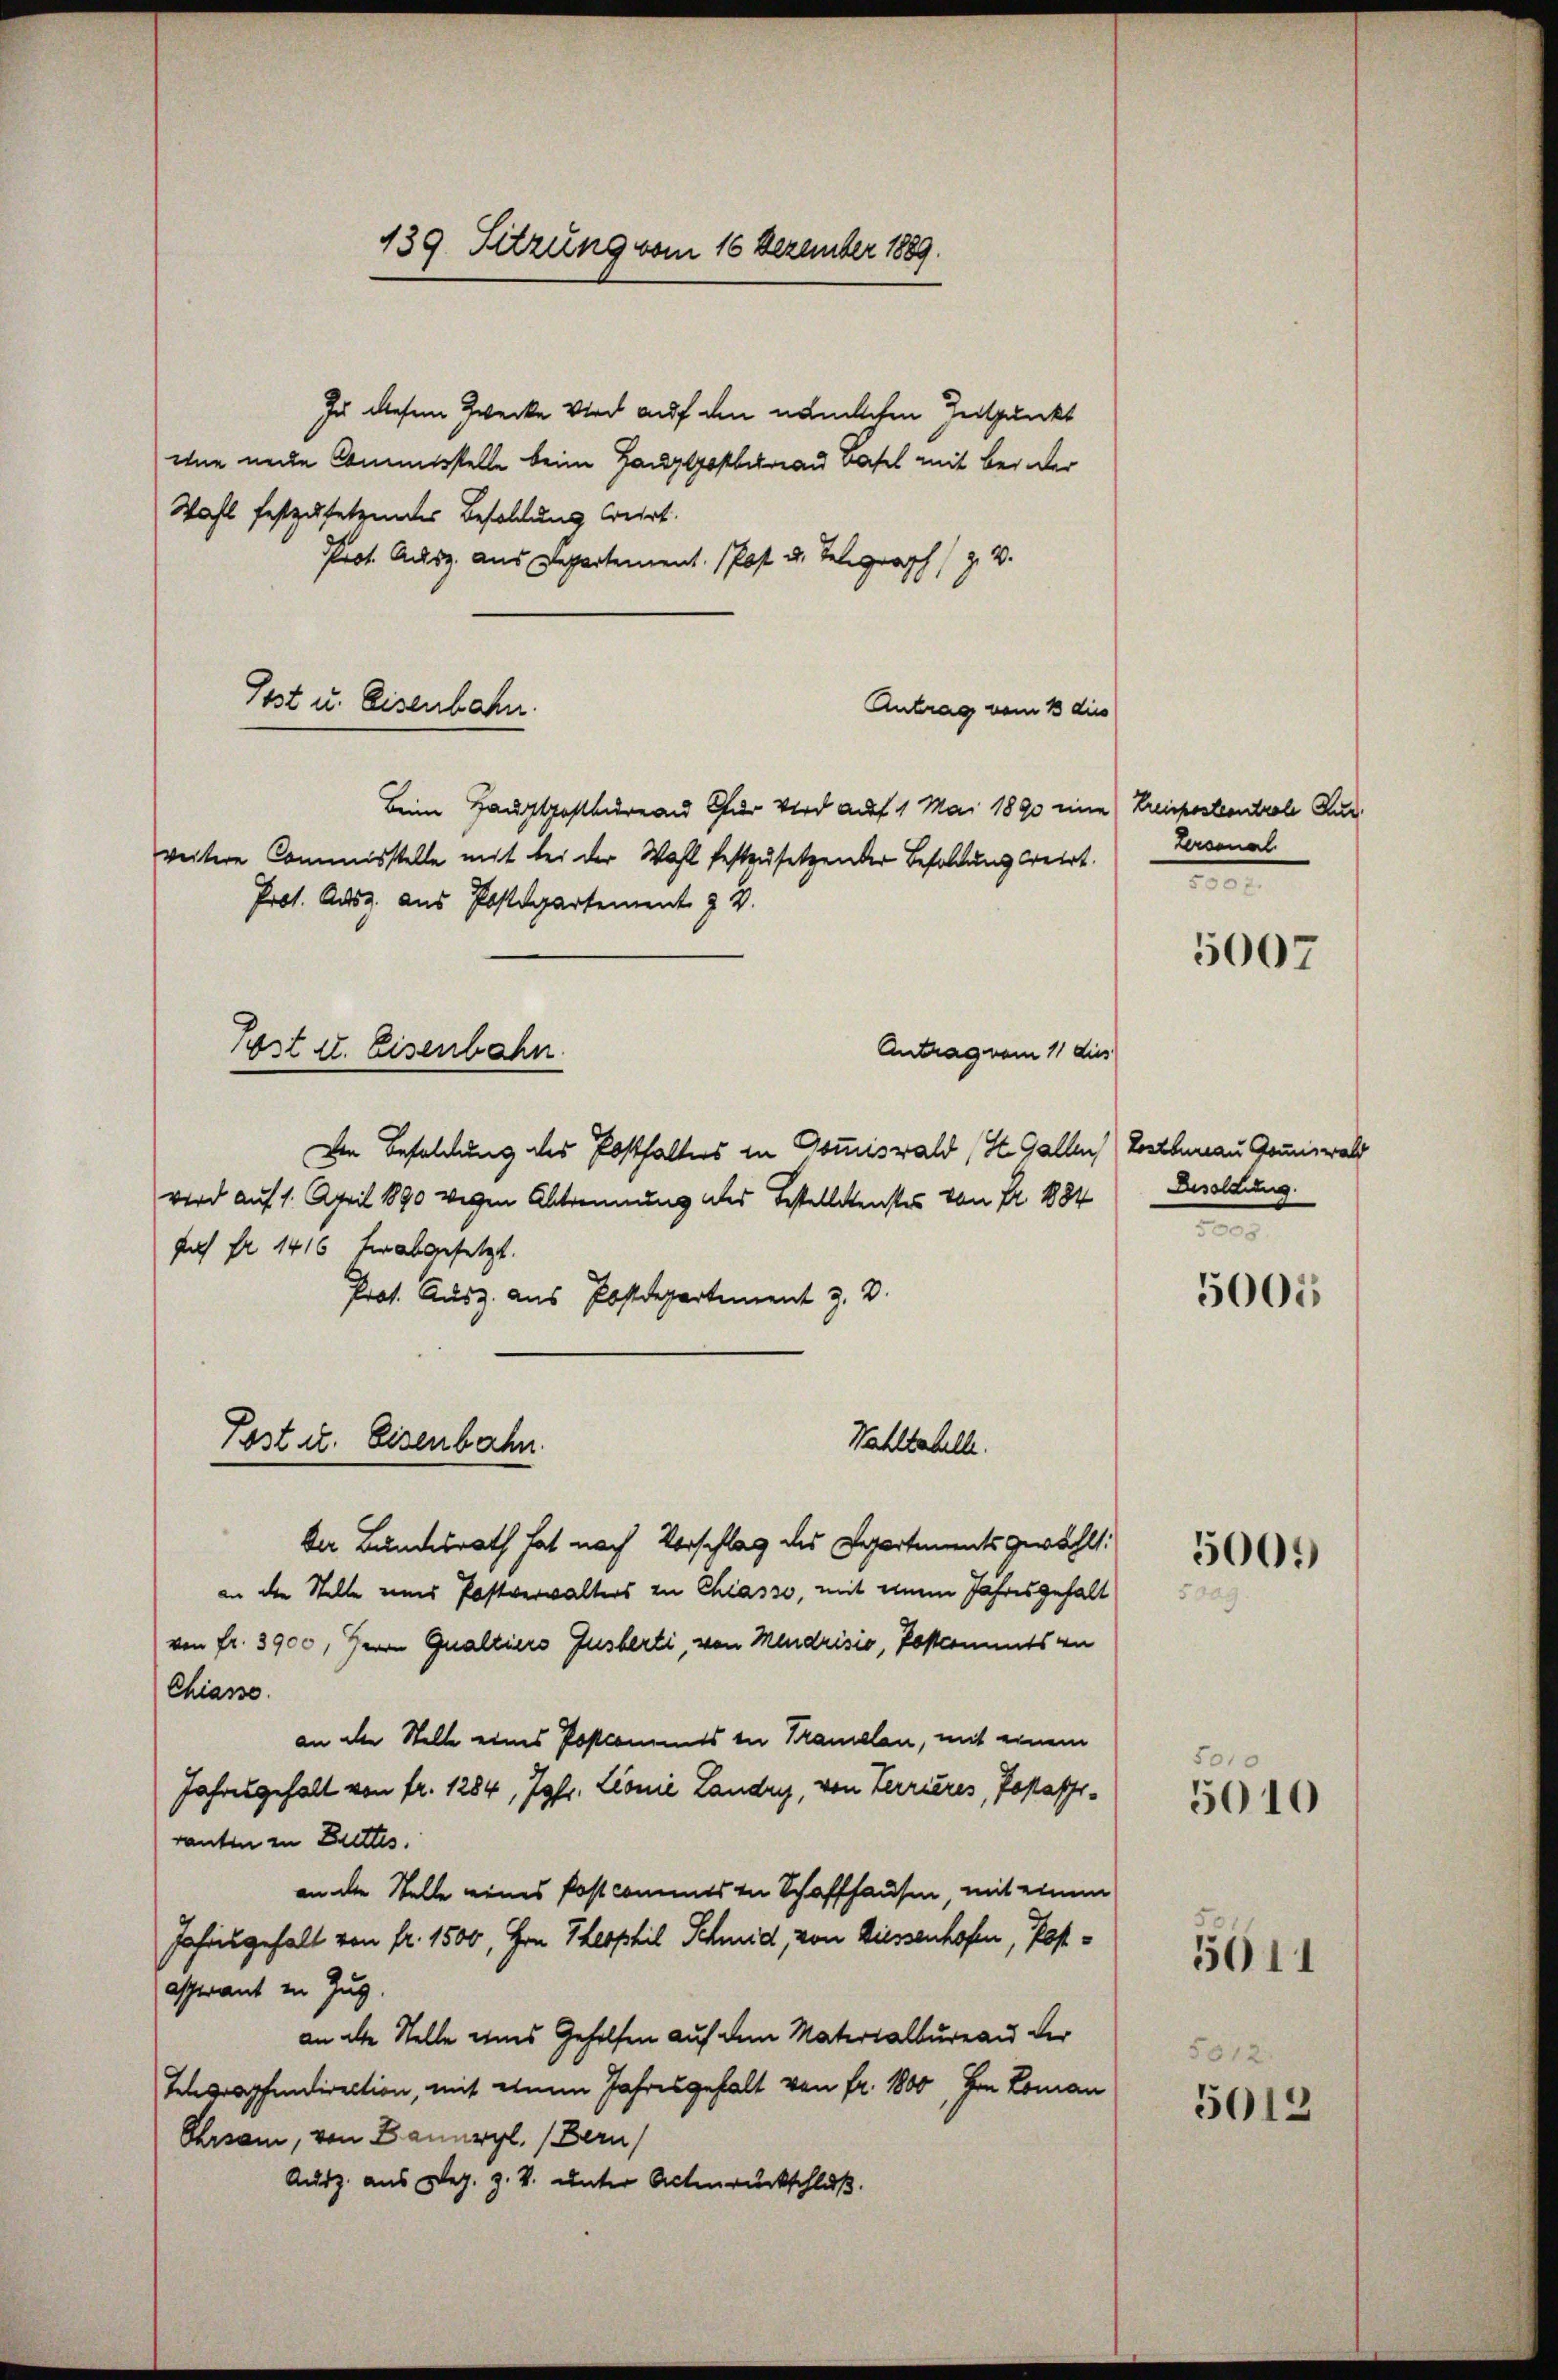
Post u. Eisenbahn.

Post II. Eisenbahn.

139. Sitzung vom 16 Dezember 1889.

In diesem Zwecke wird auf den nämlichen Zeitpunkt
wne neue Commerstelle beim Hauptpostbureau Basel mit bei der
Wahl festzusetzendes Besoldung weirt.
Prot. Ausz aus Departement. Post u. Telegraph / Z. V.
Antrag vom 13 dies
Beim Hauptpostbureau Chur wird auf 1 Mai 1890 eine
weitere Commisstelle mit bei der Wahl festensetzender Besoldung beirt.
Prot. Ausz. aus Postdepartement z. B.
Antrag vom 11 dies
Den Besoldung des Posthalters in Commiswald, St. Gallen Kostbureau Grunewald
wird auf 1. April 1890 wegen Abtrennung des Bestellenstes von Fr. 1884
such Fr. 1416 für abgesetzt.
Prot. Ausg. aus Postdepartement z. B.
Post u. Eisenbahn
Wahltabelle.
Der Bundesrath hat nach Vorschlag des Repartments gewählt
an die Stelle eines Postverwalters zu Chiasso, mit einem Jahresgefall
von fr. 3900, Hn Qualtiers Ausferti, von Mendrisio, Postammts an
Chiasso.
an die Stelle eines Postkommts in Kramelen, mit einem
Jahresgehalt von fr. 1284, Jgfr. Lionie Landry, von Terrieres, Jopaffranten in Buttes.
an die Stelle eines Post commes in Schaffhausen, mit einem
Jahresgehalt von fr. 1500, Hrn Theophil Schmid, von Diessenhofen, Postascherant in Zug
an alle Stelle eines Geholfen auf dem Materialbureau der
Tapfendirection, mit einem Jahresgehalt von fr. 1800, von Loman
Ehrsam, von Banuryl. (Bern
Ausz. aus Dez. Z. V. unter Actenrückschluß.

Kreisposteontrale Zur
Lereenal
.

Besoldung.
e

5007

5005

5001)

5

5010
5010

5611

5012.

5012